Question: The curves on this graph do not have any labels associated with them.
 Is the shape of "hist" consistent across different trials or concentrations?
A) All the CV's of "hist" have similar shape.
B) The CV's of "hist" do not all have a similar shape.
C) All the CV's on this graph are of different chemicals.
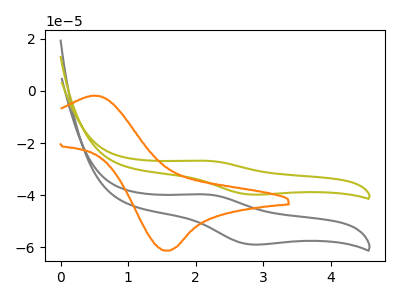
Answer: <think>The gray curve "gray" has an anodic peak at (2.15V, -39.70uA) and a cathodic peak at (2.80V, -58.85uA). The olive curve "olive" has an anodic peak at (2.15V, -26.80uA) and a cathodic peak at (2.80V, -39.75uA). The orange curve "orange" has an anodic peak at (0.50V, -1.85uA) and a cathodic peak at (1.55V, -61.25uA).
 All the peaks in "gray" have a peak in "olive" at the same potential. "gray" and "orange" have at least one peak that do not match. "olive" and "orange" have at least one peak that do not match.</think>
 <answer>A) All the CV's of "hist" have similar shape.</answer>
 <eval>A</eval>